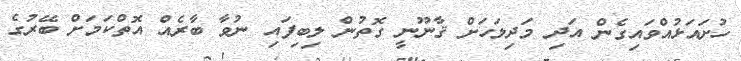
ހުށައަޅުއްވައިގެން އަދި މަދިލަހަށް ޤާނޫނީ ގޮތުން ލިބިފައި ނުވާ ބާރެއް އޮތްކަމަށް ބޭރުގެ